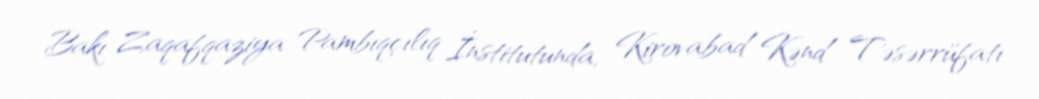
Bakı Zaqafqaziya Pambıqçılıq İnstitutunda, Kirovabad Kənd Təsərrüfatı